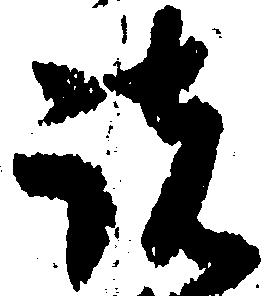
諸